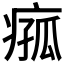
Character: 𪽵